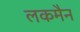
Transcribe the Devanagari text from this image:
लकमैन